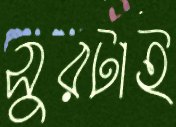
সুরটাই